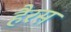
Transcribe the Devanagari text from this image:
हैरस